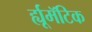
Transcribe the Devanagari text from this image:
र्ह्यूमॅटिक